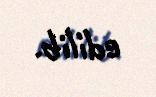
edilib.